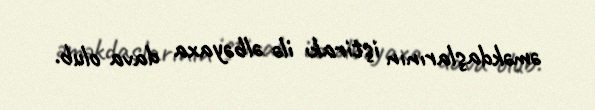
əməkdaşlarının iştirakı ilə əlbəyaxa dava olub.